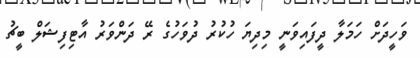
ވަހީދަށް ހަމަލާ ދީފައިވަނީ މިދިޔަ ހުކުރު ދުވަހުގެ ރޭ ދަންވަރު އާޓިފިޝަލް ބީޗު